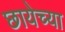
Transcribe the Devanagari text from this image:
छायेच्या